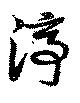
渟